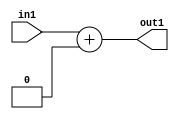
`timescale 1ps / 1ps
/*****************************************************************************
    Verilog RTL Description
    
    
    Created by: Stratus DpOpt 2019.1.01 
*******************************************************************************/

module SobelFilter_Add_5U_38_4 (
	in1,
	out1
	); /* architecture "behavioural" */ 
input [4:0] in1;
output [4:0] out1;
wire [4:0] asc001;

assign asc001 = 
	+(in1)
	+(5'B00000);

assign out1 = asc001;
endmodule

/* CADENCE  urn2Qwk= : u9/ySgnWtBlWxVPRXgAZ4Og= ** DO NOT EDIT THIS LINE ******/